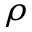
\rho